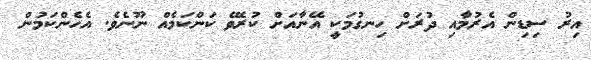
އިރު ސިޑިން އެރުމާއި ދުރަށް ހިނގުމަކީ އޭނާއަށް ކުރެވޭ ކަންކަމެއް ނޫނެވެ. އެހެންކަމުން